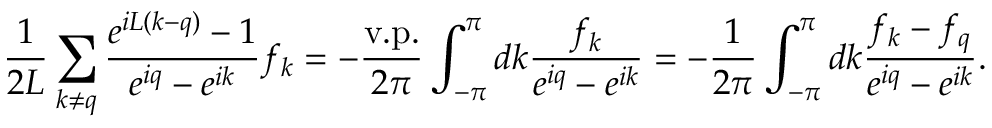
\frac { 1 } { 2 L } \sum _ { k \neq q } \frac { e ^ { i L ( k - q ) } - 1 } { e ^ { i q } - e ^ { i k } } f _ { k } = - \frac { \mathrm { v . p . } } { 2 \pi } \int _ { - \pi } ^ { \pi } d k \frac { f _ { k } } { e ^ { i q } - e ^ { i k } } = - \frac { 1 } { 2 \pi } \int _ { - \pi } ^ { \pi } d k \frac { f _ { k } - f _ { q } } { e ^ { i q } - e ^ { i k } } .